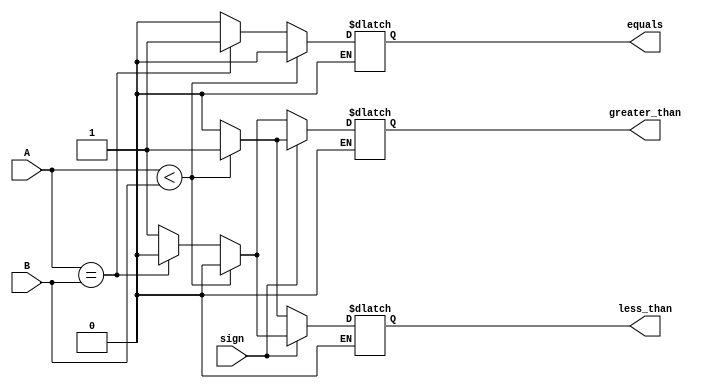
 ///////////////////////////////////////////////////////////////////////////////
 //
 // Class:  CS/ECE 3700
 // Module: comparator_4bit.v
 // Project: LAB #3 - Combinational Circuits
 // Description: Design a 4-bit Comparator
 //   4bit Comparator
 //
 ///////////////////////////////////////////////////////////////////////////////

 module comparator_4bit(sign, A, B, equals, greater_than, less_than);
	input sign;
	input [3:0] A,B;
	output reg equals;
	output reg greater_than;
	output reg less_than;
	
	always @ (A or B)
	
	if (sign == 0) 
		begin
			if (A < B) 
			begin
				less_than = 1;
				{equals, greater_than} = 0;
			end
		
			else if (A == B) 
			begin
				equals = 1;
				{greater_than, less_than} = 0;
			end
		
			else 
			begin
				greater_than = 1;
				{equals, less_than} = 0;
			end
		end
	
	else if (sign == 1) 
		begin
			if (A < B) 
			begin
				greater_than = 1;
				{equals, less_than} = 0;
			end
	
			else if (A == B) 
			begin
				equals = 1;
				{greater_than, less_than} = 0;
			end
	
	else 
		begin
			less_than = 1;
			{equals, greater_than} = 0;
		end
	end
endmodule